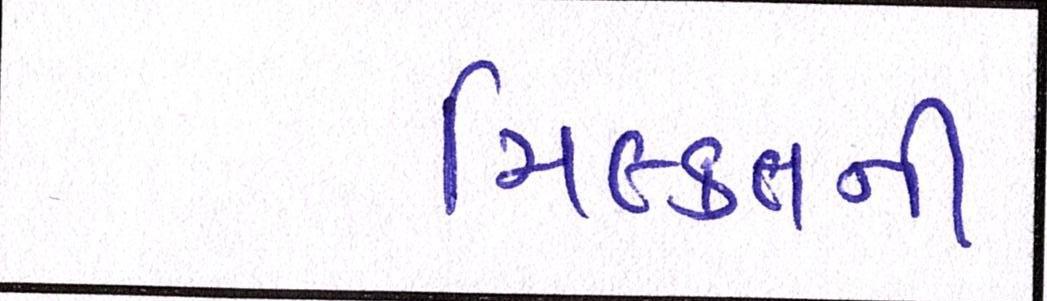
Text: મિલ્કતની